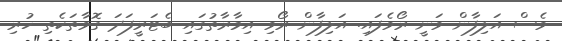
ވެސް އަލިފާން ވަނީ ރޯވެފައި. އަލިފާން ރޯވި އިމާރާތުގައި ބެޓަރީފަދަ ގޮވާތަކެތި ހުރި